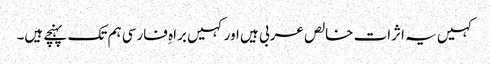
کہیں یہ اثرات خالص عربی ہیں اورکہیں براہِ فارسی ہم تک پہنچے ہیں۔